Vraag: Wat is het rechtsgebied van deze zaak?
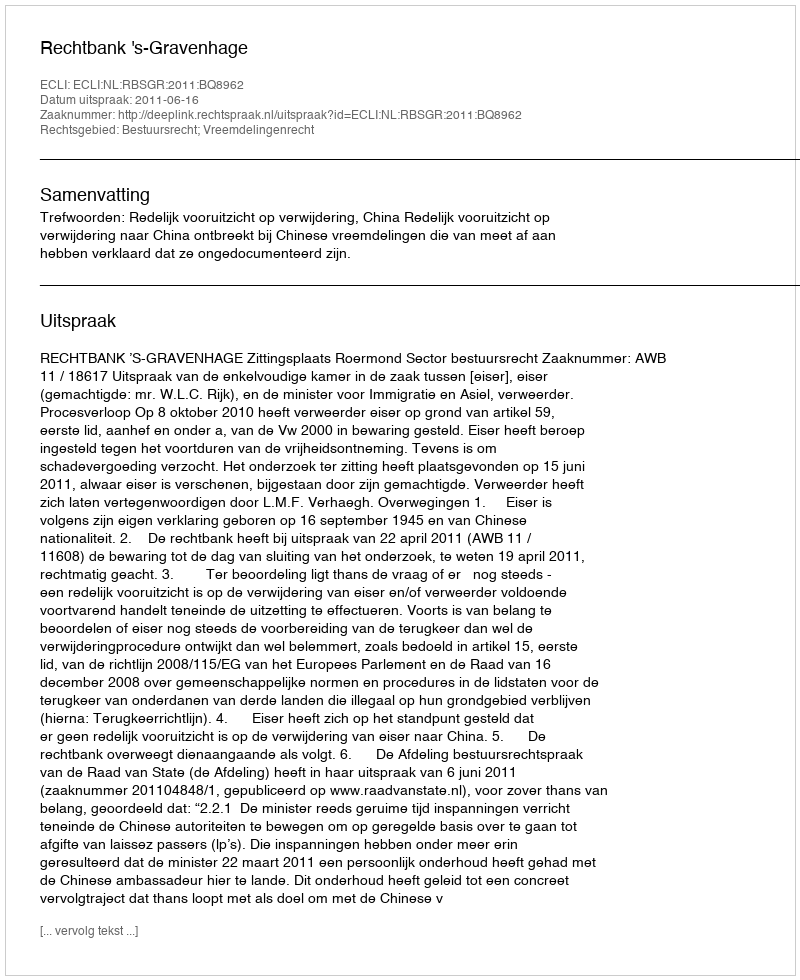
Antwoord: Bestuursrecht; Vreemdelingenrecht